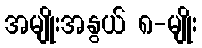
အမျိုးအနွယ် ၈-မျိုး